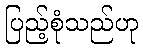
ပြည့်စုံသည်ဟု